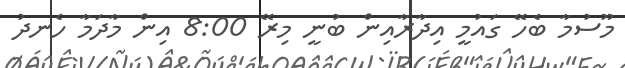
މޫސުމާ ބެހޭ ގައުމީ އިދާރާއިން ބުނީ މިރޭ 8:00 އިން މާދަމާ ހެނދު